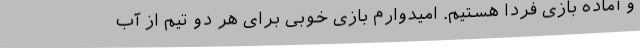
و آماده بازی فردا هستیم. امیدوارم بازی خوبی برای هر دو تیم از آب